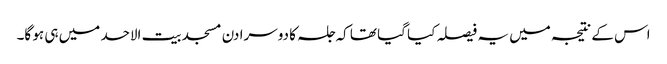
اس کے نتیجہ میں یہ فیصلہ کیا گیا تھا کہ جلسہ کا دوسرا دن مسجد بیت الاحد میں ہی ہو گا۔